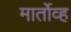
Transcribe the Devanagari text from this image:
मार्तोव्ह